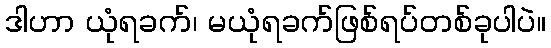
ဒါဟာ ယုံရခက်၊ မယုံရခက်ဖြစ်ရပ်တစ်ခုပါပဲ။